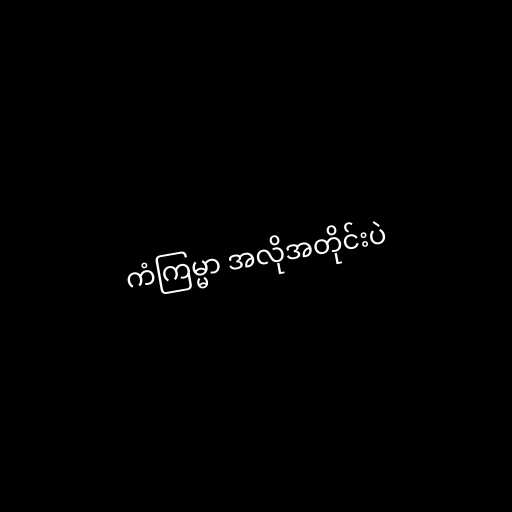
ကံကြမ္မာ အလိုအတိုင်းပဲ